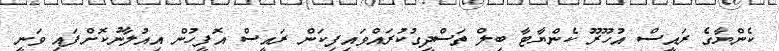
ކެންޔާގެ ރައީސް އުހޫރޫ ކެންޔާޓާ ބިލް ތަސްދީގުކުރައްވައިފިކަން ރައީސް އޮފީހުން އިއުލާނުކޮށްފައި ވަނީ